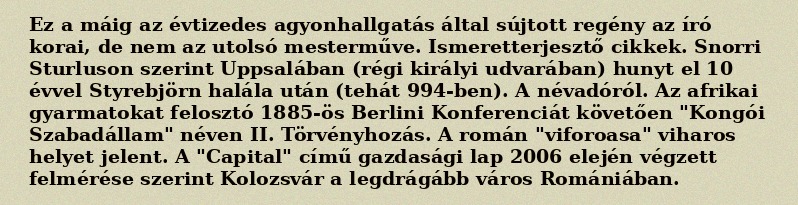
Ez a máig az évtizedes agyonhallgatás által sújtott regény az író korai, de nem az utolsó mesterműve. Ismeretterjesztő cikkek. Snorri Sturluson szerint Uppsalában (régi királyi udvarában) hunyt el 10 évvel Styrebjörn halála után (tehát 994-ben). A névadóról. Az afrikai gyarmatokat felosztó 1885-ös Berlini Konferenciát követően "Kongói Szabadállam" néven II. Törvényhozás. A román "viforoasa" viharos helyet jelent. A "Capital" című gazdasági lap 2006 elején végzett felmérése szerint Kolozsvár a legdrágább város Romániában.